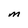
Character: M